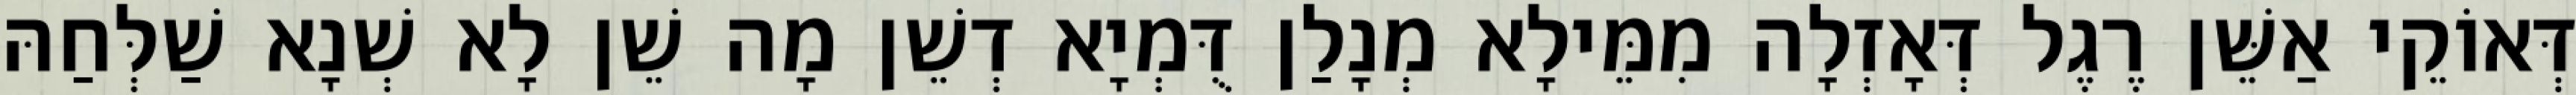
דְּאוֹקֵי אַשֵּׁן רֶגֶל דְּאָזְלָה מִמֵּילָא מְנָלַן דֻּמְיָא דְשֵׁן מָה שֵׁן לָא שְׁנָא שַׁלְּחַהּ